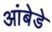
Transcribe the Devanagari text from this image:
आंबेडे